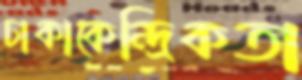
ঢাকাকেন্দ্রিকতা